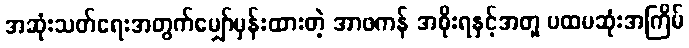
အဆုံးသတ်ရေးအတွက်မျှော်မှန်းထားတဲ့ အာဖကန် အစိုးရနှင့်အတူ ပထမဆုံးအကြိမ်